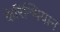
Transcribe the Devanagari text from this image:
केरिन्थियान